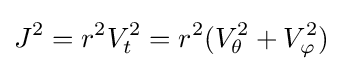
J^{2}=r^{2}V_{t}^{2}=r^{2}(V_{\theta }^{2}+V_{\varphi }^{2})